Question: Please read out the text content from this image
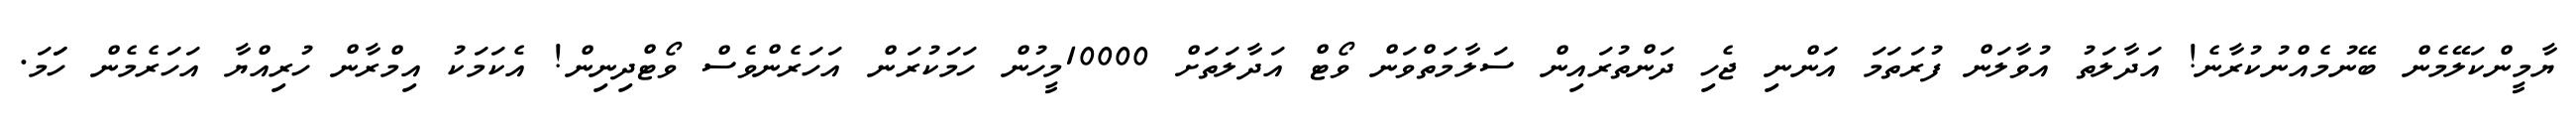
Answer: ޔާމީންކަލޭމެން ބޭނުމެއްނުކުރާނެ! އަދާލަތު އުވާލަން ފުރަތަމަ އަންނި ޖެހި ދަންތުރައިން ސަލާމަތްވަން ވޯޓް އަދާލަތަށް 10000މީހުން ހަމަކުރަން އަހަރެންވެސް ވޯޓްދިނިން! އެކަމަކު އިމްރާން ހުރިއްޔާ އަހަރެމެން ހަަމަ.